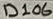
Text: D106